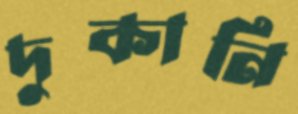
দুকানি